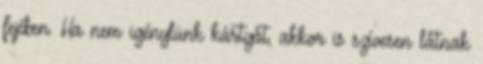
fejében. Ha nem igénylünk kártyát, akkor is szívesen látnak